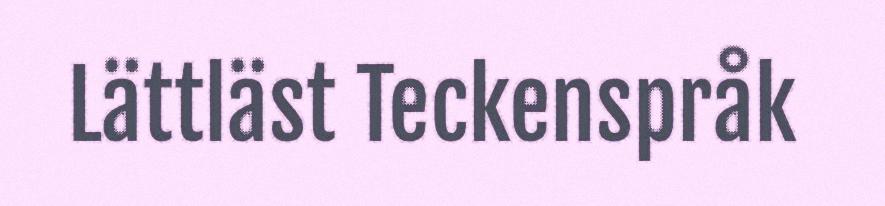
Lättläst Teckenspråk